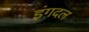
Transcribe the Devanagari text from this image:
इंगदल